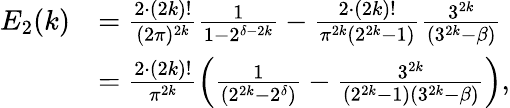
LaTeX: \begin{array}{rl}{E_{2}(k)}&{=\frac{2\cdot(2k)!}{(2\pi)^{2k}}\frac{1}{1-2^{\delta-2k}}-\frac{2\cdot(2k)!}{\pi^{2k}(2^{2k}-1)}\frac{3^{2k}}{(3^{2k}-\beta)}}\\ &{=\frac{2\cdot(2k)!}{\pi^{2k}}\left(\frac{1}{(2^{2k}-2^{\delta})}-\frac{3^{2k}}{(2^{2k}-1)(3^{2k}-\beta)}\right),}\end{array}